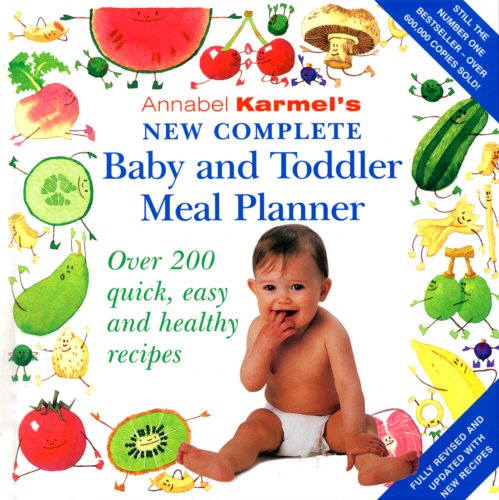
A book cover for Annabel Karmel's New Complete Baby and Toddler Meal Planner; Annabel Karmel; Cookbooks, Food & Wine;